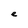
Character: e